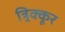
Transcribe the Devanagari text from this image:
त्र्र्र्रिक्कूर